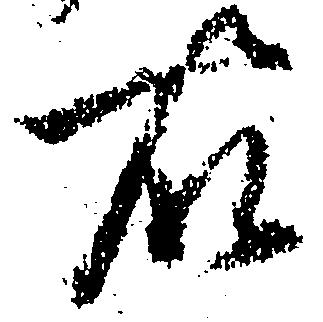
右